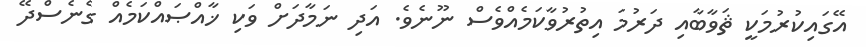
އޭގައިކުރުމަކީ ޘަވާބާއި ދަރުމަ އިތުރުވާކަމެއްވެސް ނޫނެވެ. އަދި ނަމާދަށް ވަކި ޚާއްޞައްކަމެއް ގެނެސްދޭ